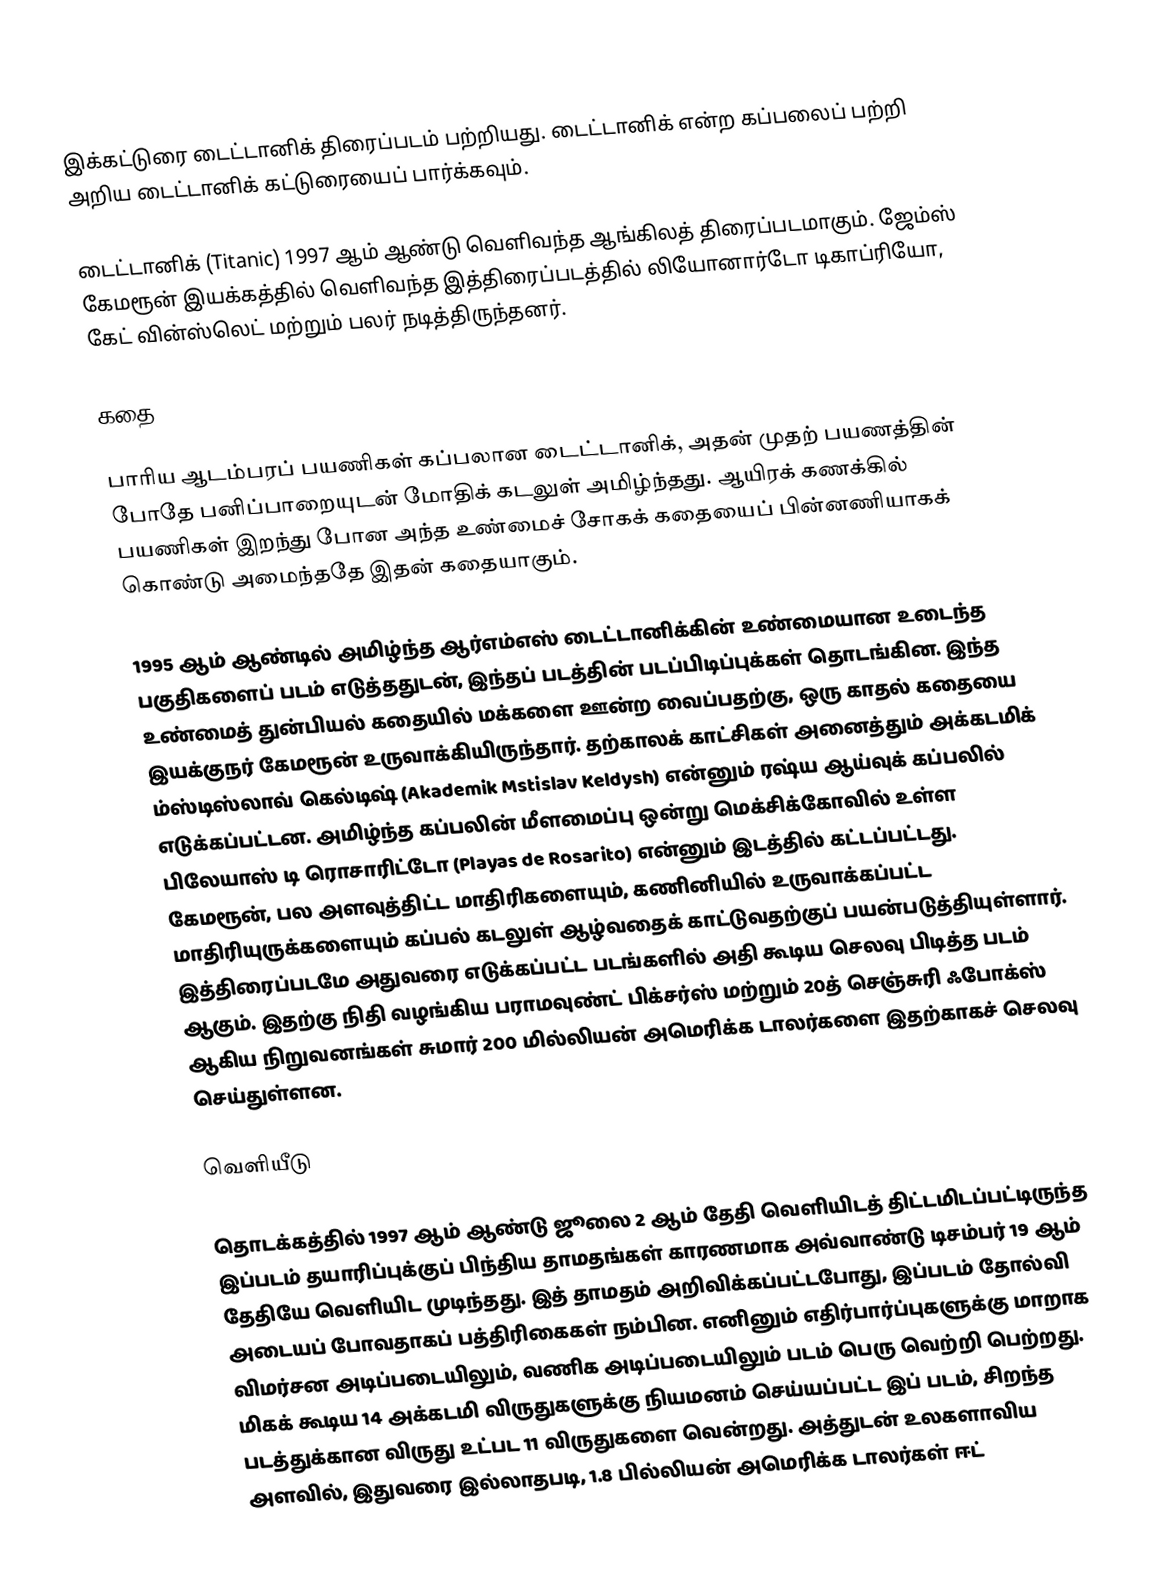
இக்கட்டுரை டைட்டானிக் திரைப்படம் பற்றியது. டைட்டானிக் என்ற கப்பலைப் பற்றி அறிய டைட்டானிக் கட்டுரையைப் பார்க்கவும்.

டைட்டானிக் (Titanic) 1997 ஆம் ஆண்டு வெளிவந்த ஆங்கிலத் திரைப்படமாகும். ஜேம்ஸ் கேமரூன் இயக்கத்தில் வெளிவந்த இத்திரைப்படத்தில் லியோனார்டோ டிகாப்ரியோ, கேட் வின்ஸ்லெட் மற்றும் பலர் நடித்திருந்தனர்.

கதை

பாரிய ஆடம்பரப் பயணிகள் கப்பலான டைட்டானிக், அதன் முதற் பயணத்தின் போதே பனிப்பாறையுடன் மோதிக் கடலுள் அமிழ்ந்தது. ஆயிரக் கணக்கில் பயணிகள் இறந்து போன அந்த உண்மைச் சோகக் கதையைப் பின்னணியாகக் கொண்டு அமைந்ததே இதன் கதையாகும்.

1995 ஆம் ஆண்டில் அமிழ்ந்த ஆர்எம்எஸ் டைட்டானிக்கின் உண்மையான உடைந்த பகுதிகளைப் படம் எடுத்ததுடன், இந்தப் படத்தின் படப்பிடிப்புக்கள் தொடங்கின. இந்த உண்மைத் துன்பியல் கதையில் மக்களை ஊன்ற வைப்பதற்கு, ஒரு காதல் கதையை இயக்குநர் கேமரூன் உருவாக்கியிருந்தார். தற்காலக் காட்சிகள் அனைத்தும் அக்கடமிக் ம்ஸ்டிஸ்லாவ் கெல்டிஷ் (Akademik Mstislav Keldysh) என்னும் ரஷ்ய ஆய்வுக் கப்பலில் எடுக்கப்பட்டன. அமிழ்ந்த கப்பலின் மீளமைப்பு ஒன்று மெக்சிக்கோவில் உள்ள பிலேயாஸ் டி ரொசாரிட்டோ (Playas de Rosarito) என்னும் இடத்தில் கட்டப்பட்டது. கேமரூன், பல அளவுத்திட்ட மாதிரிகளையும், கணினியில் உருவாக்கப்பட்ட மாதிரியுருக்களையும் கப்பல் கடலுள் ஆழ்வதைக் காட்டுவதற்குப் பயன்படுத்தியுள்ளார். இத்திரைப்படமே அதுவரை எடுக்கப்பட்ட படங்களில் அதி கூடிய செலவு பிடித்த படம் ஆகும். இதற்கு நிதி வழங்கிய பராமவுண்ட் பிக்சர்ஸ் மற்றும் 20த் செஞ்சுரி ஃபோக்ஸ் ஆகிய நிறுவனங்கள் சுமார் 200 மில்லியன் அமெரிக்க டாலர்களை இதற்காகச் செலவு செய்துள்ளன.

வெளியீடு

தொடக்கத்தில் 1997 ஆம் ஆண்டு ஜூலை 2 ஆம் தேதி வெளியிடத் திட்டமிடப்பட்டிருந்த இப்படம் தயாரிப்புக்குப் பிந்திய தாமதங்கள் காரணமாக அவ்வாண்டு டிசம்பர் 19 ஆம் தேதியே வெளியிட முடிந்தது. இத் தாமதம் அறிவிக்கப்பட்டபோது, இப்படம் தோல்வி அடையப் போவதாகப் பத்திரிகைகள் நம்பின. எனினும் எதிர்பார்ப்புகளுக்கு மாறாக விமர்சன அடிப்படையிலும், வணிக அடிப்படையிலும் படம் பெரு வெற்றி பெற்றது. மிகக் கூடிய 14 அக்கடமி விருதுகளுக்கு நியமனம் செய்யப்பட்ட இப் படம், சிறந்த படத்துக்கான விருது உட்பட 11 விருதுகளை வென்றது. அத்துடன் உலகளாவிய அளவில், இதுவரை இல்லாதபடி, 1.8 பில்லியன் அமெரிக்க டாலர்கள் ஈட்